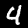
Label: 4